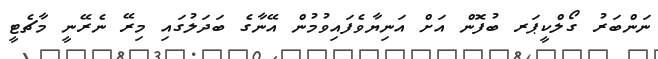
ނަންބަރު ގޯލްކީޕަރ ބުފޮން އަށް އަނިޔާވެފައިވުމުން އޭނާގެ ބަދަލުގައި މިރޭ ނެރޭނީ މާޗެޓީ